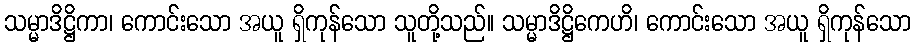
သမ္မာဒိဋ္ဌိကာ၊ ကောင်းသော အယူ ရှိကုန်သော သူတို့သည်။ သမ္မာဒိဋ္ဌိကေဟိ၊ ကောင်းသော အယူ ရှိကုန်သော